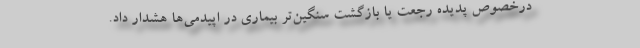
درخصوص پدیده رجعت یا بازگشت سنگین‌تر بیماری در اپیدمی‌ها هشدار داد.